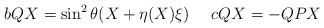
LaTeX: \begin{align*}bQX=\sin^2\theta(X+\eta(X)\xi)\ \ \ \ cQX=-QPX\end{align*}